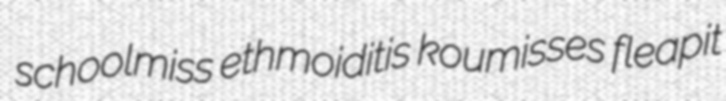
schoolmiss ethmoiditis koumisses fleapit